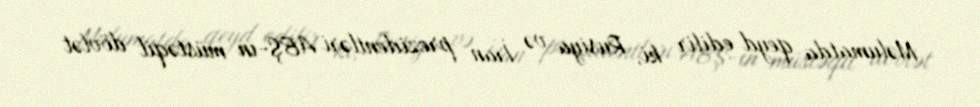
Məlumatda qeyd edilir ki, Rusiya və İran prezidentləri ABŞ-ın müstəqil dövlət